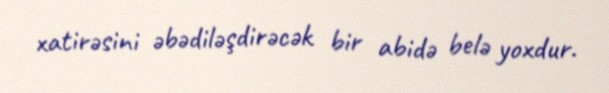
xatirəsini əbədiləşdirəcək bir abidə belə yoxdur.